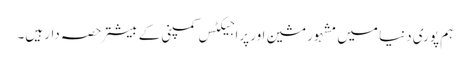
ہم پوری دنیا میں مشہور مشین اور پراجیکٹس کمپنی کے بیشتر حصہ دار ہیں۔